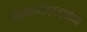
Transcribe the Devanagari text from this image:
मानशास्त्रज्ञांना